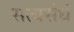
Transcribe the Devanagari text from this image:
सत्यसंधं